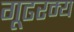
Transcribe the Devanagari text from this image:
गूढरम्य